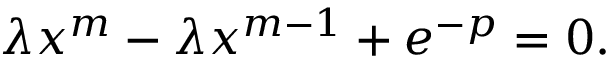
\begin{array} { r } { \lambda { x ^ { m } } - \lambda { x ^ { m - 1 } } + e ^ { - p } = 0 . } \end{array}